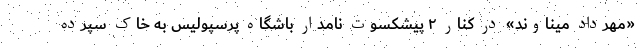
«مهرداد میناوند» در کنار ۲ پیشکسوت نامدار باشگاه پرسپولیس به خاک سپرده